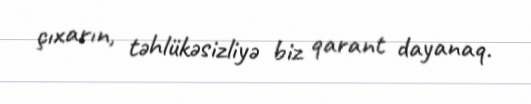
çıxarın, təhlükəsizliyə biz qarant dayanaq.